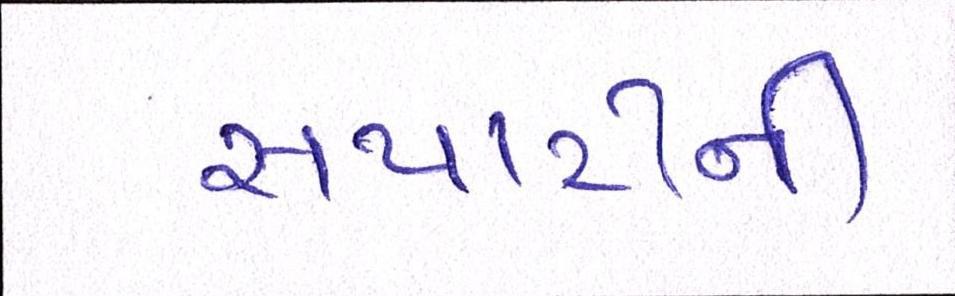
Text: સપાટીની